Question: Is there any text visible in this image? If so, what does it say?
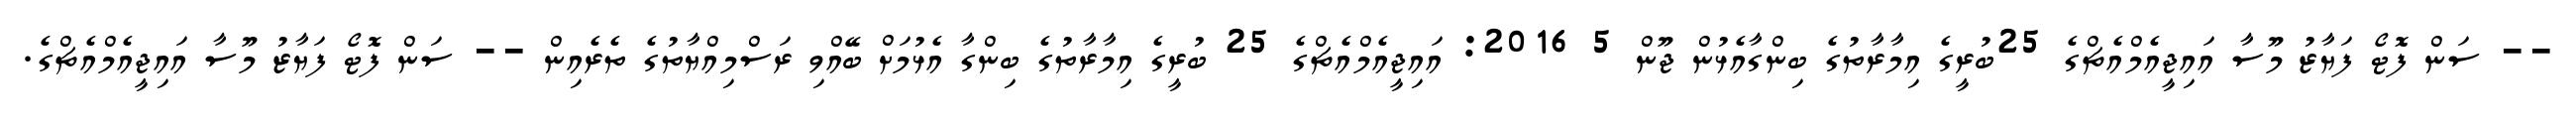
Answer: -- ސަން ފޮޓޯ ފަޔާޒު މޫސާ އައިޖީއެމްއެޗްގެ 25ބުރީގެ އިމާރާތުގެ ބިންގާއެޅުން ޖޫން 5 2016: އައިޖީއެމްއެޗްގެ 25 ބުރީގެ އިމާރާތުގެ ބިންގާ އެޅުމަށް ބޭއްވި ރަސްމިއްޔާތުގެ ތެރެއިން -- ސަން ފޮޓޯ ފަޔާޒު މޫސާ އައިޖީއެމްއެޗްގެ.